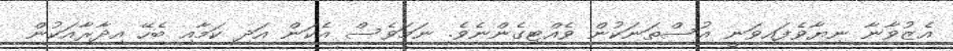
އެޒުވާނާ ނިޔާވެފައިވަނީ އުސްތަނަކުން ވެއްޓިގެންނެވެ. ނަމަވެސް އެކަން އަދި ކަމާއި ބެހޭ އިދާރާއަކުން